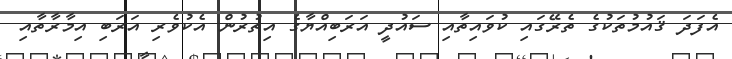
އެފަދަ ޤައުމުތަކުގެ ތެރޭގައި ކުވައިތާއި ސައުދީ އަރަބިއްޔާގެ އިތުރުން އެކުވެރި އަރަބި އިމާރާތާއި